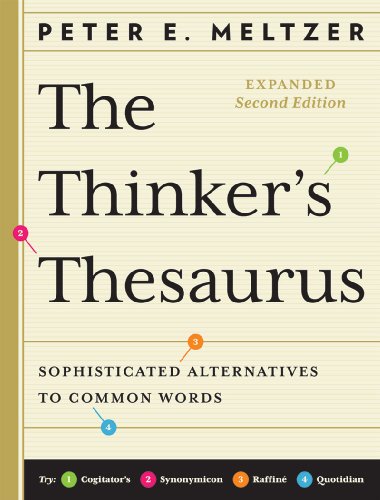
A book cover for The Thinker's Thesaurus: Sophisticated Alternatives to Common Words (Expanded Second Edition); Peter E. Meltzer; Reference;